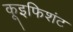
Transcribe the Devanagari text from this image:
कूइफिशंट